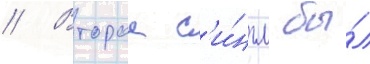
// Второи с'и́нгл бы́л